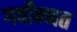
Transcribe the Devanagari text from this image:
गर्वोन्‍नत